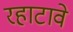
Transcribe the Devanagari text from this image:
रहाटावे